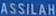
ASSILAH